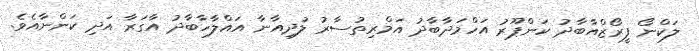
ލަކްނޯ ފީރޯޒްއާބާދު ކަންޕޫރު އަހްމަދާބާދު އަމްރިތުސާރު ލުދިއާނާ އައްލާހާބާދު އާގަރާ އަދި ކަންނާއެވެ.